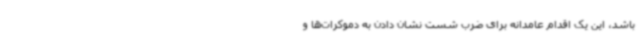
باشد، این یک اقدام عامدانه برای ضرب شست نشان دادن به دموکرات‌ها و